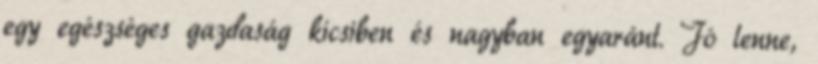
egy egészséges gazdaság kicsiben és nagyban egyaránt. Jó lenne,